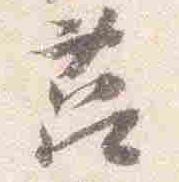
莒